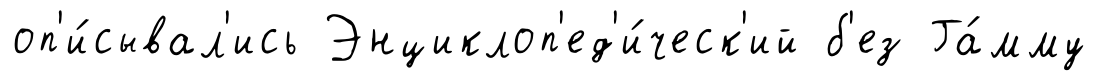
оп'и́сывал'ись Энциклоп'ед'и́ческ'ий б'ез Га́мму